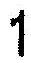
1